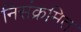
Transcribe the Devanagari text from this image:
निसंक्रमित